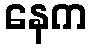
နေက